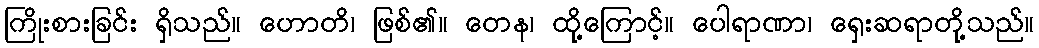
ကြိုးစားခြင်း ရှိသည်။ ဟောတိ၊ ဖြစ်၏။ တေန၊ ထို့ကြောင့်။ ပေါရာဏာ၊ ရှေးဆရာတို့သည်။